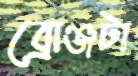
ব্রোঞ্জটা